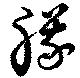
艤